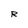
Character: R